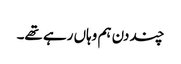
چند دن ہم وہاں رہے تھے۔